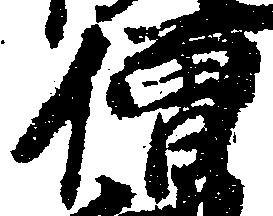
僧